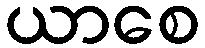
ယာစေ